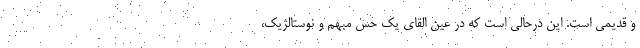
و قدیمی است. این درحالی است که در عین القای یک حس مبهم و نوستالژیک،